Mental hospitals Bombay report 1921-28 - 1921-1928
Year: 1921
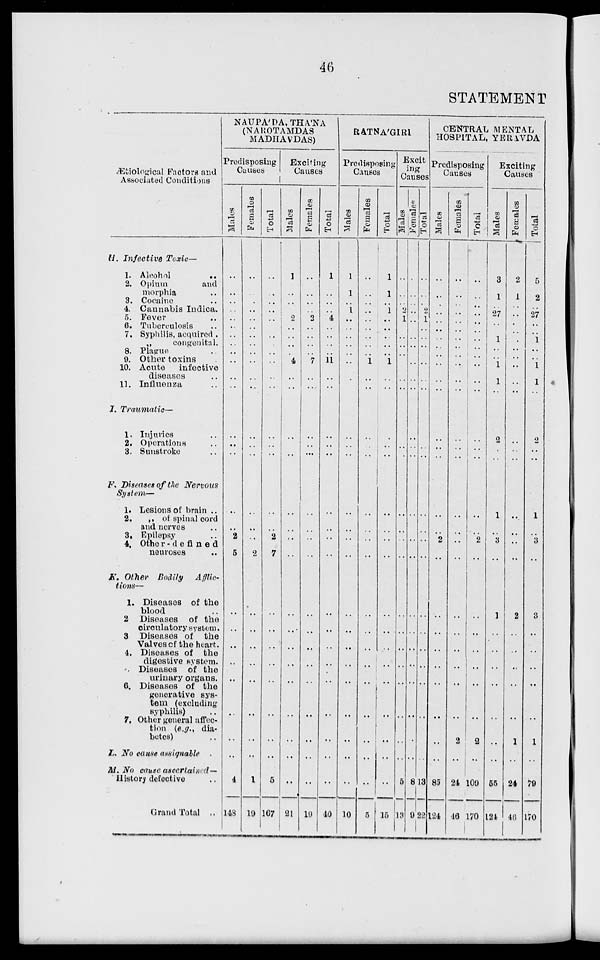
46
STATEMENT
Ætiological Factors and
Associated Conditions
H. Infective Toxic—
1. Alcohol
..
2. Opium
and
morphia ..
3. Cocaine ..
4. Cannabis Indica.
5. Fever ..
6. Tuberculosis ..
7. Syphilis, acquired .
„ congenital.
8. Plague ..
9. Other toxins ..
10. Acute infective
diseases ..
11. Influenza ..
I. Traumatic—
1. Injuries ..
2. Operations ..
3. Sunstroke ..
F. Diseases of the Nervous
System—
1. Lesions of brain ..
2. „ of spinal cord
and nerves ..
3. Epilepsy ..
4. Other-defined
neuroses ..
K. Other Bodily
Afflic-
tions—
1. Diseases of the
blood ..
2 Diseases of the
circulatory system.
3 Diseases of the
Valves of the heart.
4. Diseases of the
digestive system.
5. Diseases of the
urinary organs.
6. Diseases of the
generative sys-
tem (excluding
syphilis) ..
7. Other general affec-
tion (e.g., dia-
betes) ..
L. No cause assignable ..
M. No cause ascertained—
History defective ..
Grand Total ..
NAUPA'DA, THA'NA
(NAROTAMDAS
MADHAVDAS)
Predisposing
Causes
Males
..
..
..
..
..
..
..
..
..
..
..
..
..
..
..
..
..
..
2
5
..
..
..
..
..
..
..
4
148
Females
..
..
..
..
..
..
..
..
..
..
..
..
..
..
..
..
..
..
..
2
..
..
..
..
..
..
..
1
19
Total
..
..
..
..
..
..
..
..
..
..
..
..
..
..
..
..
..
..
2
7
..
..
..
..
..
..
..
5
167
Exciting
Causes
Males
1
..
..
..
2
..
..
..
..
4
..
..
..
..
..
..
..
..
..
..
..
..
..
..
..
..
..
..
..
2 1
Females
..
..
..
..
2
..
..
..
..
7
..
..
..
..
..
..
..
..
..
..
..
..
..
..
..
..
..
..
..
19
Total
1
..
..
..
4
..
..
..
..
11
..
..
..
..
..
..
..
..
..
..
..
..
..
..
..
..
..
..
..
40
RATNA'GIRI
Predisposing
Causes
Males
1
1
..
1
..
..
..
..
..
..
..
..
..
..
..
..
..
..
..
..
..
..
..
..
..
..
..
..
..
10
Females
..
..
..
..
..
..
..
..
..
1
..
..
..
..
..
..
..
..
..
..
..
..
..
..
..
..
..
..
..
5
Total
1
1
..
1
..
..
..
..
..
1
..
..
..
..
..
..
..
..
..
..
..
..
..
..
..
..
..
..
..
15
Excit-
ing
Causes
Males
..
..
..
2
1
..
..
..
..
..
..
..
..
..
..
..
..
..
..
..
..
..
.. ..
..
..
..
..
..
5
13
Females
..
..
..
..
..
..
..
..
..
..
..
..
..
..
..
..
..
..
..
..
..
..
..
..
..
..
..
..
8
9
Total
..
..
..
2
1
..
..
..
..
..
..
..
..
..
..
..
..
..
..
..
..
..
..
..
..
..
..
..
13
22
CENTRAL MENTAL
HOSPITAL, YERAVDA
Predisposing
Causes
Males
..
..
..
..
..
..
..
..
..
..
..
..
..
..
..
..
..
..
2
..
..
..
..
..
..
..
..
..
85
124
Females
..
..
..
..
..
..
..
..
..
..
..
..
..
..
..
..
..
..
..
..
..
..
..
..
..
..
2
..
24
46
Total
..
..
..
..
..
..
..
..
..
..
..
..
..
..
..
..
..
..
2
..
..
..
..
..
..
..
2
..
109
170
Exciting
Causes
Males
3
1
..
27
..
..
1
..
..
1
1
..
..
2
..
..
1
..
3
..
1
..
..
..
..
..
..
..
55
124
Females
2
1
..
..
..
..
..
..
..
..
..
..
..
..
..
..
..
..
..
..
2
..
..
..
..
..
1
..
24
46
Total
5
2
..
27
..
..
1
..
..
1
1
..
..
2
..
..
1
..
3
..
3
..
..
..
..
..
1
..
79
170